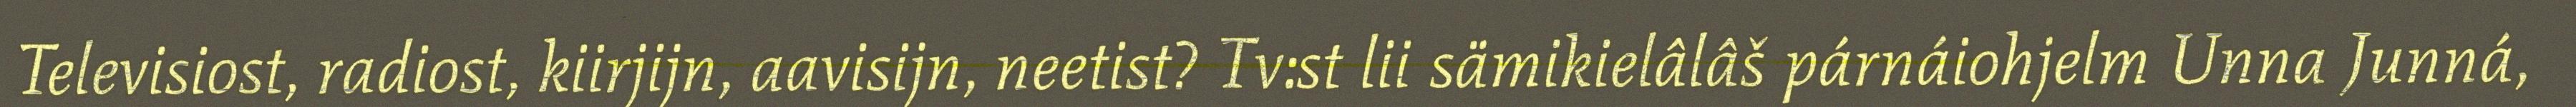
Televisiost, radiost, kiirjijn, aavisijn, neetist? Tv:st lii sämikielâlâš párnáiohjelm Unna Junná,